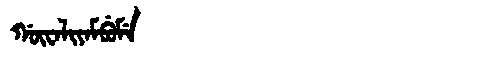
Manchu: ᡤᡡᠸᠠᠯᡳᠶᠠᠮᠪᡠᠮᡝ
Romanization: GŪWALIYAMBUME